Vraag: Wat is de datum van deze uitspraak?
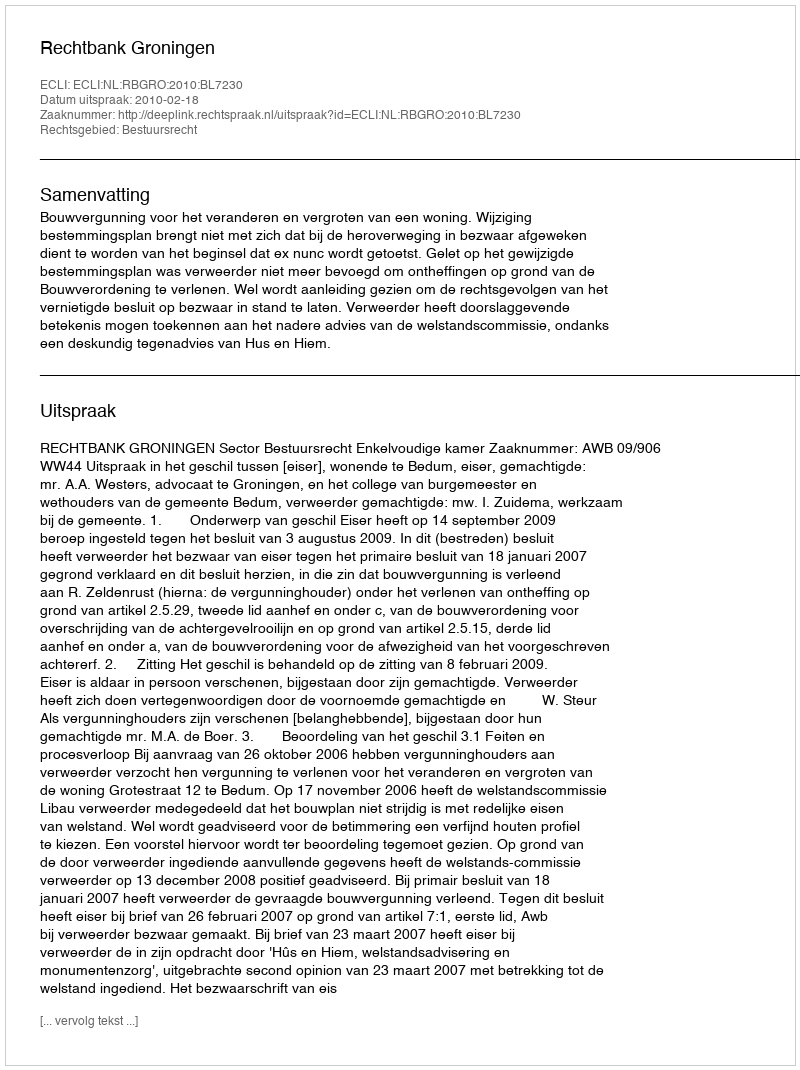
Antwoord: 2010-02-18